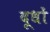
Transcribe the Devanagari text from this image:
दूधों